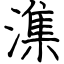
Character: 潗